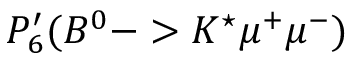
P _ { 6 } ^ { \prime } ( B ^ { 0 } - > K ^ { \star } \mu ^ { + } \mu ^ { - } )